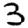
Digit: 3